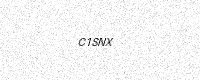
Text: C1SNX